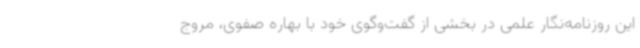
این روزنامه‌نگار علمی در بخشی از گفت‌وگوی خود با بهاره صفوی، مروج